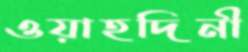
ওয়াহদিনী